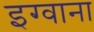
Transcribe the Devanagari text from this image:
इग्वाना